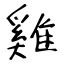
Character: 雞